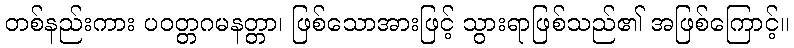
တစ်နည်းကား ပဝတ္တဂမနတ္တာ၊ ဖြစ်သောအားဖြင့် သွားရာဖြစ်သည်၏ အဖြစ်ကြောင့်။